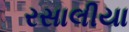
રસાલીયા